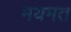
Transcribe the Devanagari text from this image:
मयमत